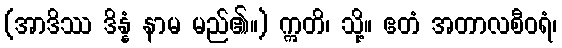
(အာဒိဿ ဒိန္နံ နာမ မည်၏။) ဣတိ၊ သို့။ ဧတံ အတာလစီဝရံ၊